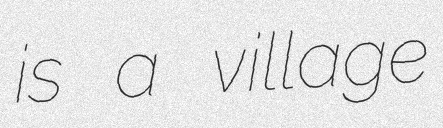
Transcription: is a village